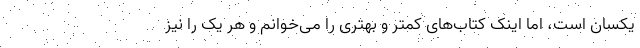
یکسان است، اما اینک کتاب‌های کمتر و بهتری را می‌خوانم و هر یک را نیز